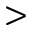
>